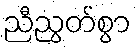
ညီညွတ်စွာ